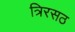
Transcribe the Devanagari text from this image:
त्रिरसठ